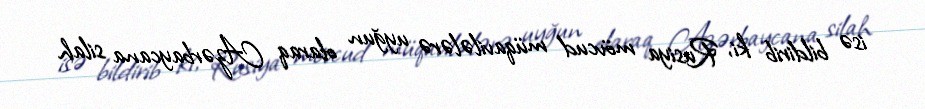
isə bildirib ki, Rusiya mövcud müqavilələrə uyğun olaraq Azərbaycana silah